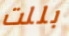
بللت